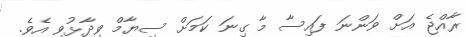
ރާއްޖެ އަށް ވަންނަ ފައިސާ މާ ގިނަ ކަމަށް ސިޔާމް ވިދާޅުވި އެވެ.